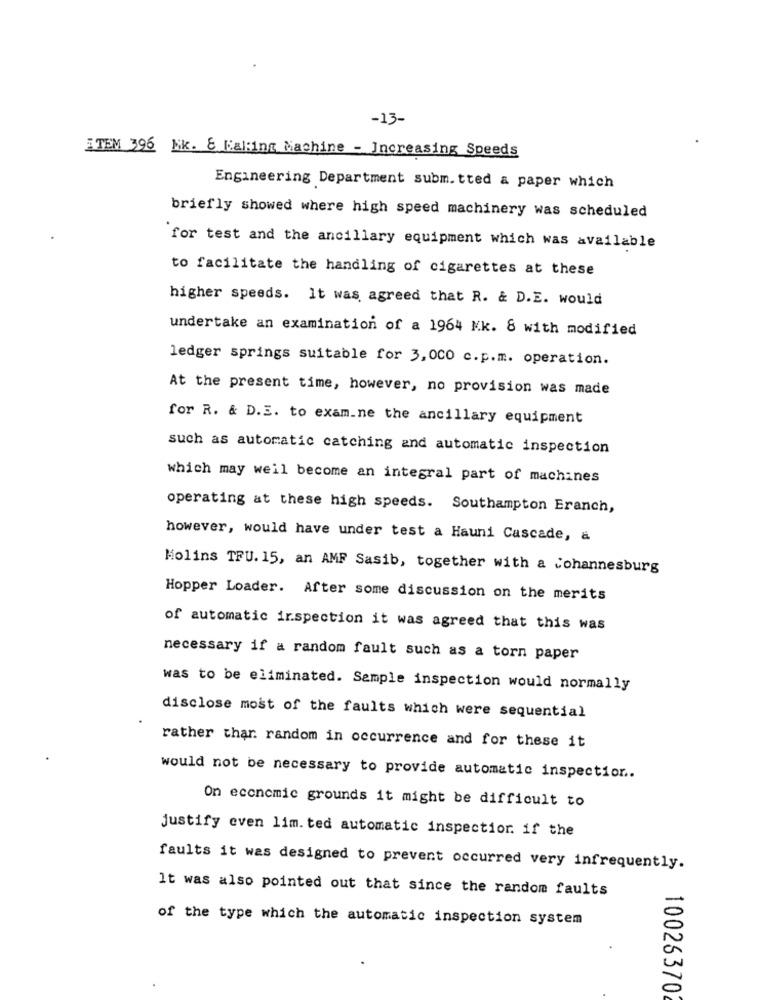
-13-
ITEM 396 lik. & Kaking Machine - Increasing Speeds
Engineering Department subm.tted & paper which
briefly showed where high speed machinery was scheduled
for test and the ancillary equipment which was available
to facilitate the handling of cigarettes at these
higher speeds. It was agreed that R. & D.E. would
undertake an examination of a 1964 Mk. 8 with modified
ledger springs suitable for 3, 000 c.p.m. operation.
At the present time, however, no provision was made
for R. & D.E. to examine the ancillary equipment
such as automatic catching and automatic inspection
which may weil become an integral part of machines
operating at these high speeds. Southampton Eranch,
however, would have under test a Hauni Cascade, a
Molins TFU. 15, an AMF Sasib, together with a Johannesburg
Hopper Loader. After some discussion on the merits
of automatic irspection it was agreed that this was
necessary if a random fault such as a torn paper
was to be eliminated. Sample inspection would normally
disclose most of the faults which were sequential
rather thar random in occurrence and for these it
would not be necessary to provide automatic inspection ..
On economic grounds it might be difficult to
justify even lim. ted automatic inspection. if the
faults it was designed to prevent occurred very infrequently.
It was also pointed out that since the random faults
of the type which the automatic inspection system
100263702